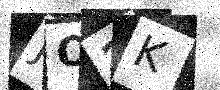
Text: JO2K